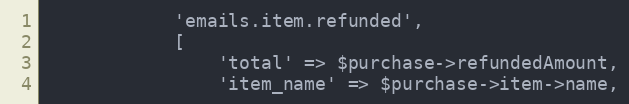
Language: PHP
            'emails.item.refunded',
            [
                'total' => $purchase->refundedAmount,
                'item_name' => $purchase->item->name,